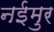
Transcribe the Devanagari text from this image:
नईमुर